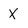
Character: X